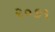
૨૦૭૧